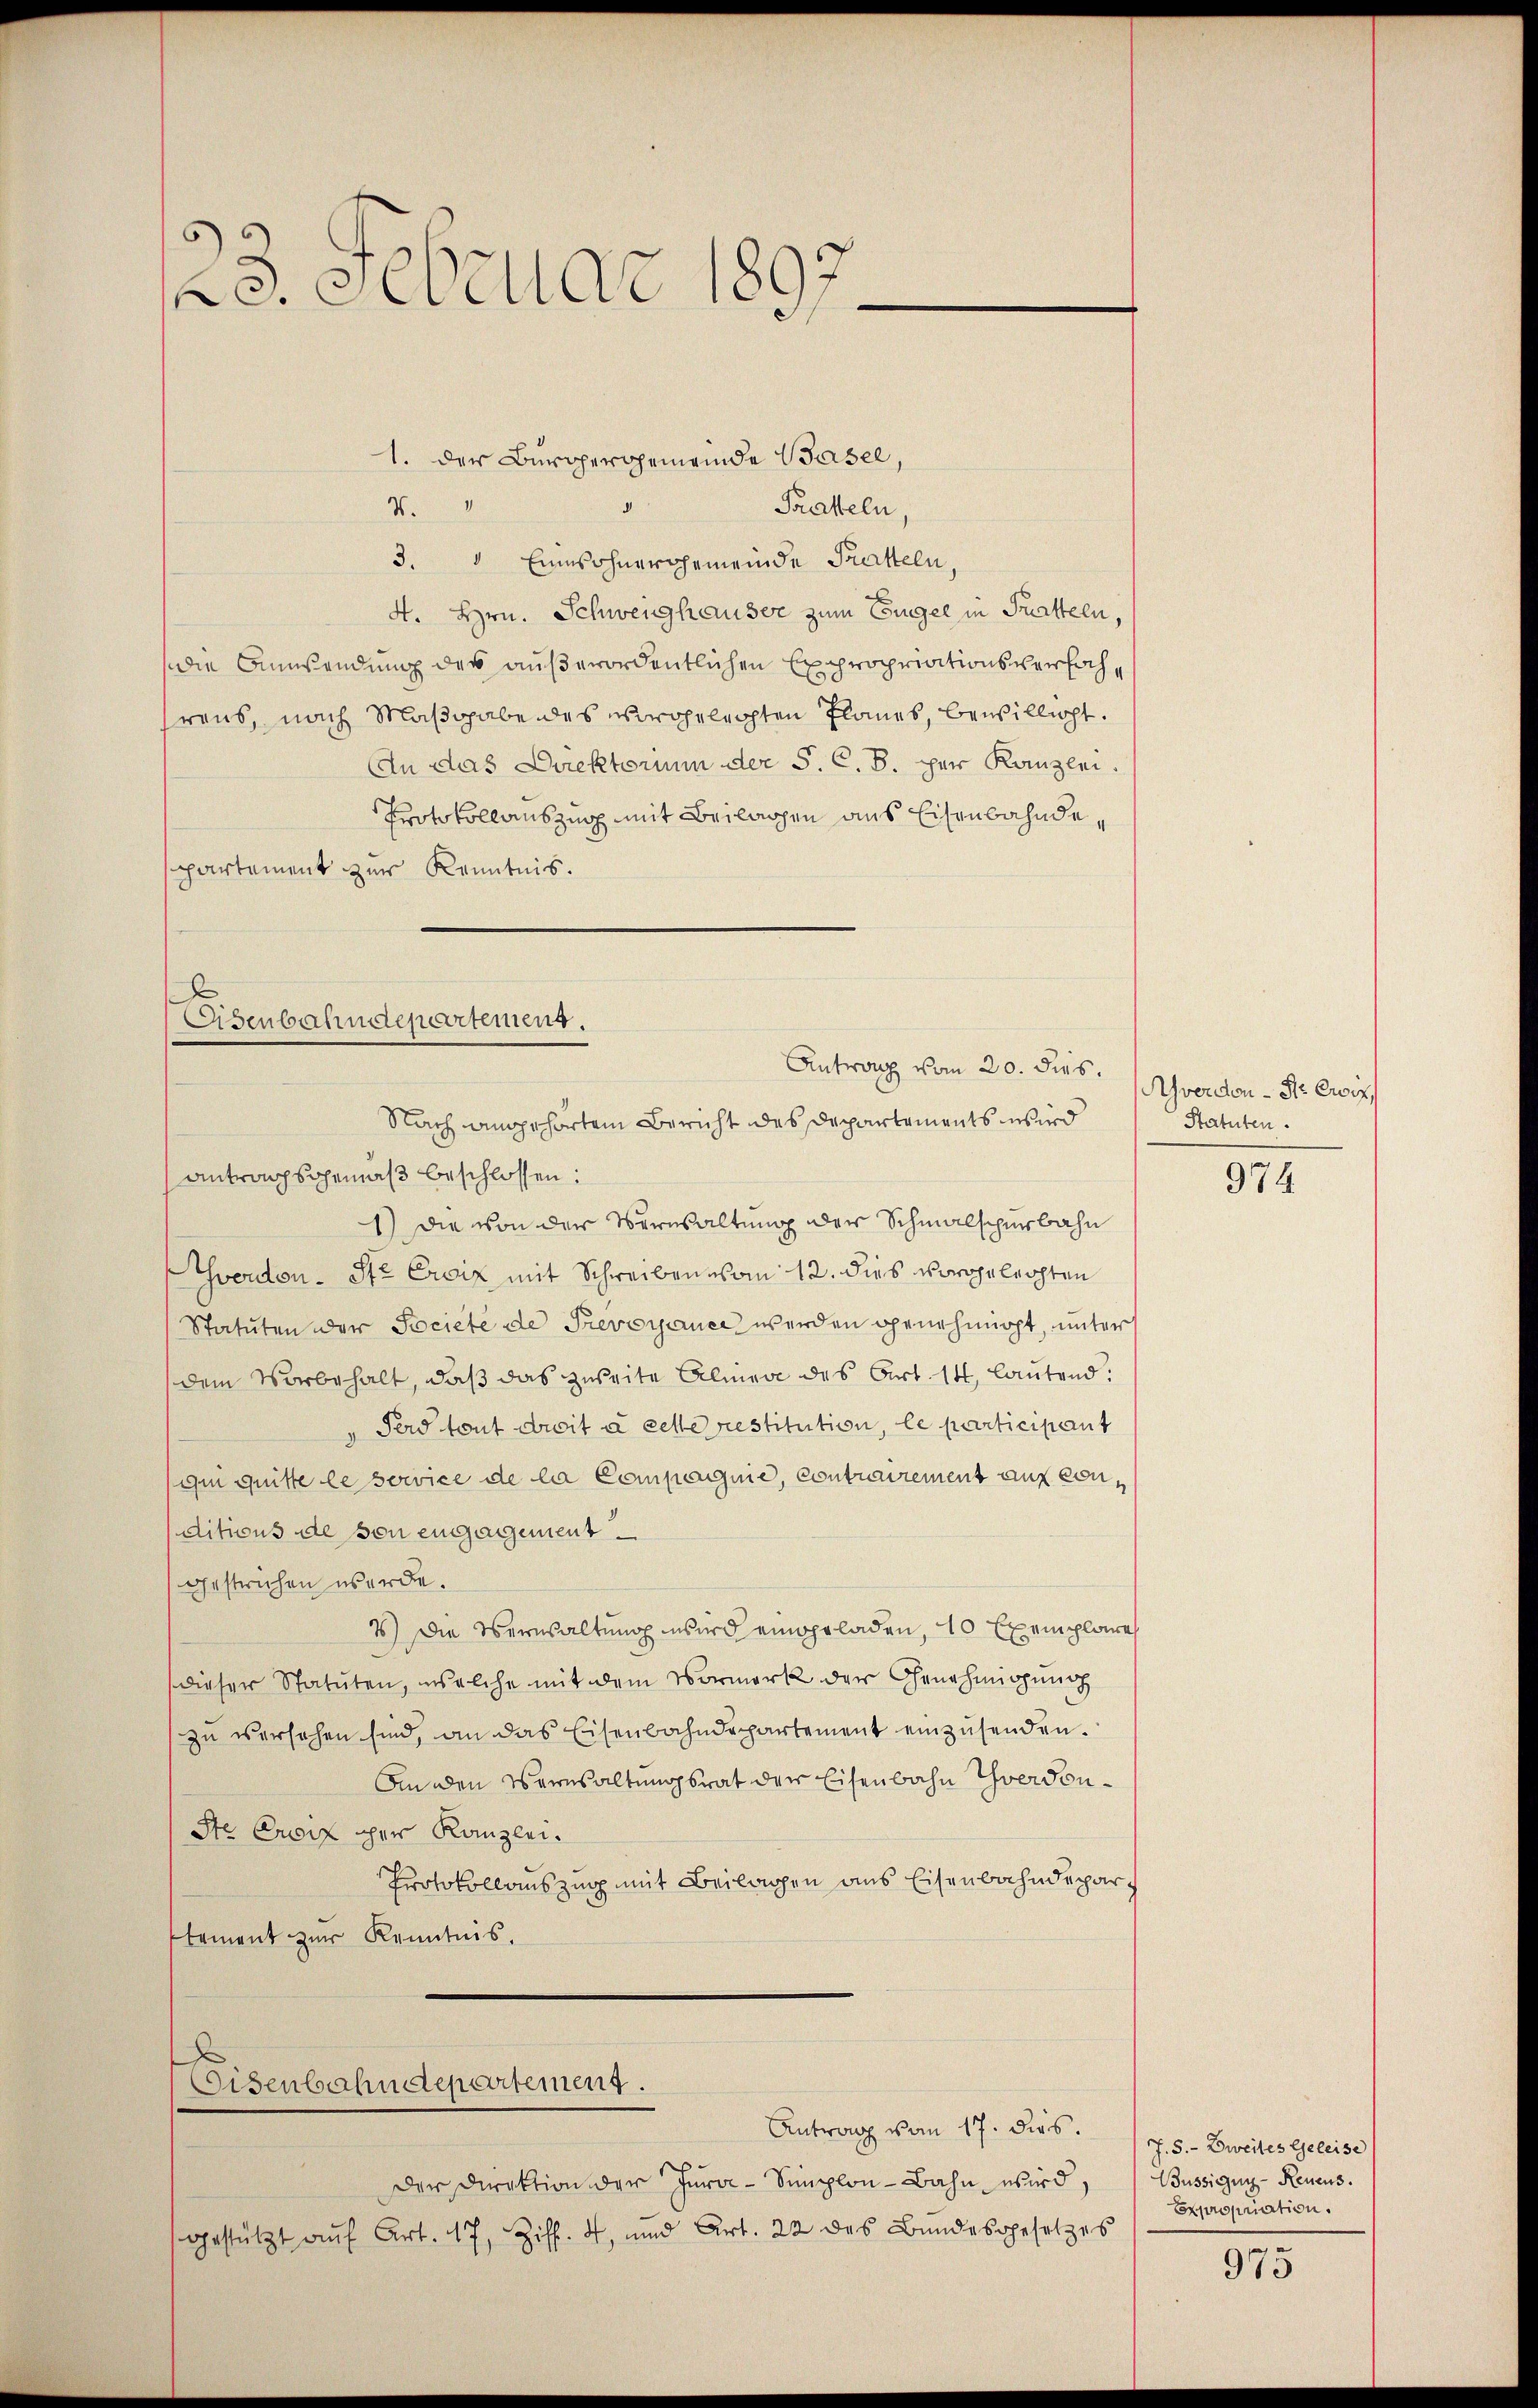
123. Februar 1897

Pratteln,
7.
3. " Einwohnergemeinde Tratteln,
4. Hrn. Schweighauser zum Eigel in Tratteln,
die Anwendung des außerordentlichen Expropriationsverhöchraus, nach Maßgabendes vorgeleichten Planes, bewillicht.
An das Direktorium der S. C. B. per Kanzlei.
Protokollauszug mit Beilagen aus Eisenbahndepartement zur Kenntnis.

1. der Burgergemeinde Basel,

Eisenbahndepartement.
Antrag vom 20. dies.
Nach angehörtem Bericht des Departements wird

Antragsgemäß beschlossen:
1) Die von der Verwaltung der Schmalspurbahn
Yverdon- St. Ersiz, mit Schreiben vom 12. dies vorgeleichten
Statuten der Societe de Prevoyauer werden genehmigt, unter
dem Vorbehalt, daß das zweite Almave des Art. 14, lautend:
Ferd tout droit à cette restitution, le participant
ii quitte le service de la Compagnie, Contrairement auf conditions de von engagement
gestrichen werde.
7) Die Verwaltung wird eingeladen, 10 Exemplare
dieser Statuten, welche mit dem Vormerk der Genehmigung
zu versehen sind, an das Eisenbahndepartement einzusenden.
An den Wernsaltungsrat der Eisenbahn Yverdon¬
Ste Croif der Kanzlei.
Protokollauszug mit Beilagen aus Eisenbahndepartement zur Kenntnis,

Eisenbahndepartement.

Antrag vom 17. dies.

Der Direktion der Jura-Simplon-Bahn wird,
gestützt auf Art. 17, Ziff. 4, und Art. 22 des Bundesgesetzes

Ahverdon - Sr. Ewig
Statuten.

974.

J. 5.- Zweites Geleise
Büssigen-Renens.
Expropriation.

975